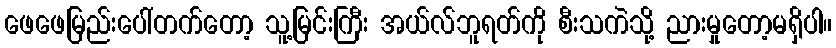
ဖေဖေမြည်းပေါ်တက်တော့ သူ့မြင်းကြီး အယ်လ်ဘူရတ်ကို စီးသကဲသို့ ညားမှုတော့မရှိပါ။